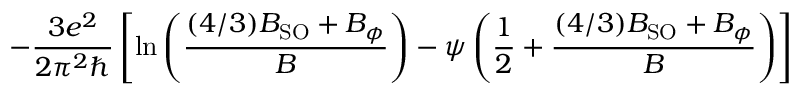
- { \frac { 3 e ^ { 2 } } { 2 \pi ^ { 2 } \hbar } } \left[ \ln \left( { \frac { ( 4 / 3 ) B _ { \mathrm { S O } } + B _ { \phi } } { B } } \right) - \psi \left( { \frac { 1 } { 2 } } + { \frac { ( 4 / 3 ) B _ { \mathrm { S O } } + B _ { \phi } } { B } } \right) \right]